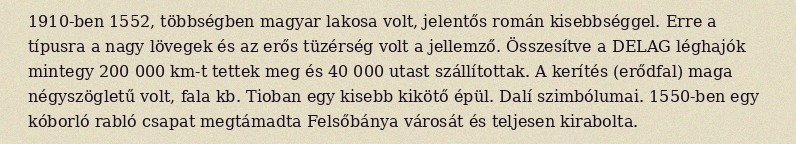
1910-ben 1552, többségben magyar lakosa volt, jelentős román kisebbséggel. Erre a típusra a nagy lövegek és az erős tüzérség volt a jellemző. Összesítve a DELAG léghajók mintegy 200 000 km-t tettek meg és 40 000 utast szállítottak. A kerítés (erődfal) maga négyszögletű volt, fala kb. Tioban egy kisebb kikötő épül. Dalí szimbólumai. 1550-ben egy kóborló rabló csapat megtámadta Felsőbánya városát és teljesen kirabolta.